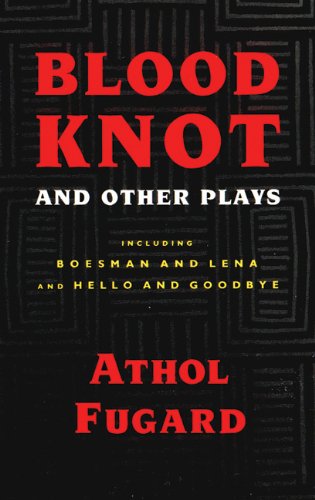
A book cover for Blood Knot and Other Plays; Athol Fugard; Literature & Fiction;